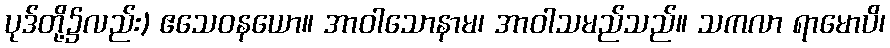
ပုဒ်တို့၌လည်း) ဧသေဝနယော။ အာဝါသောနာမ၊ အာဝါသမည်သည်။ သကလာ ရာမောပိ၊